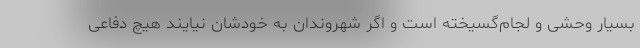
بسیار وحشی و لجام‌گسیخته است و اگر شهروندان به خودشان نیایند هیچ دفاعی